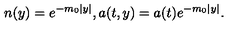
n ( y ) = e ^ { - m _ { 0 } | y | } , a ( t , y ) = a ( t ) e ^ { - m _ { 0 } | y | } .